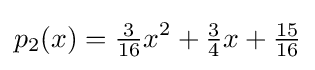
p_{2}(x)={\tfrac {3}{16}}x^{2}+{\tfrac {3}{4}}x+{\tfrac {15}{16}}